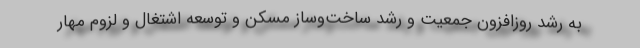
به رشد روزافزون جمعیت و رشد ساخت‌وساز مسکن و توسعه اشتغال و لزوم مهار